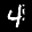
Label: 4